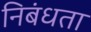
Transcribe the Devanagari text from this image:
निबंधता